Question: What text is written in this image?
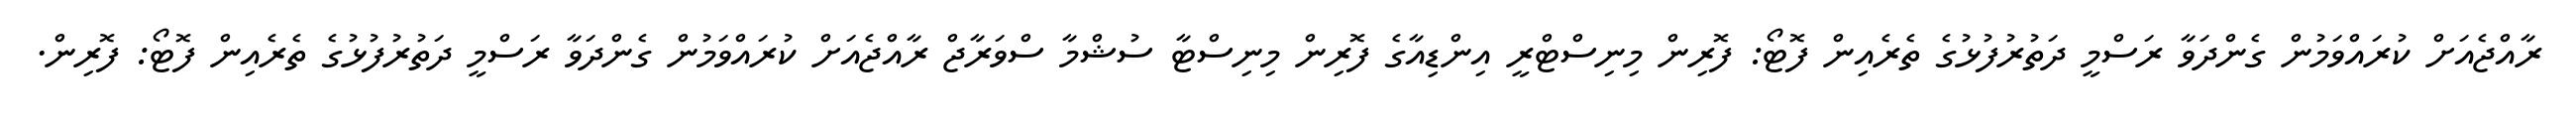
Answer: ރާއްޖެއަށް ކުރައްވަމުން ގެންދަވާ ރަސްމީ ދަތުރުފުޅުގެ ތެރެއިން ފޮޓޯ: ފޮރިން މިނިސްޓްރީ އިންޑިއާގެ ފޮރިން މިނިސްޓާ ސުޝްމާ ސްވަރާޖް ރާއްޖެއަށް ކުރައްވަމުން ގެންދަވާ ރަސްމީ ދަތުރުފުޅުގެ ތެރެއިން ފޮޓޯ: ފޮރިން.